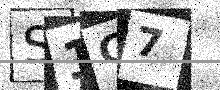
Text: S1G7